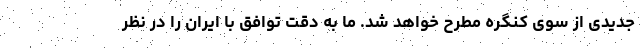
جدیدی از سوی کنگره مطرح خواهد شد. ما به دقت توافق با ایران را در نظر